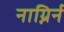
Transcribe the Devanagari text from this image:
नाग्निर्न